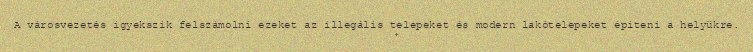
A városvezetés igyekszik felszámolni ezeket az illegális telepeket és modern lakótelepeket építeni a helyükre.